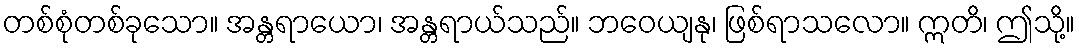
တစ်စုံတစ်ခုသော။ အန္တရာယော၊ အန္တရာယ်သည်။ ဘဝေယျနု၊ ဖြစ်ရာသလော။ ဣတိ၊ ဤသို့။